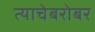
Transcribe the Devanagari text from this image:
त्याचेबरोबर